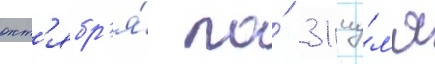
окт'ябр'я́ по́ 31 иу́л'я